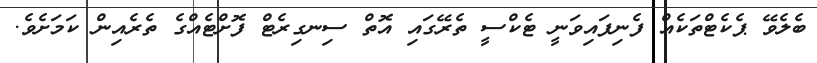
ބެލެވޭ ޕެކެޓްތަކެއް ފެނިފައިވަނީ ޓެކްސީ ތެރޭގައި އޮތް ސިނގިރެޓް ފޮށްޓެއްގެ ތެރެއިން ކަމަށެވެ.